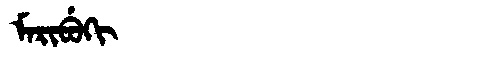
Manchu: ᠮᠠᡵᡳᠪᡠᡴᡳ
Romanization: MARIBUKI